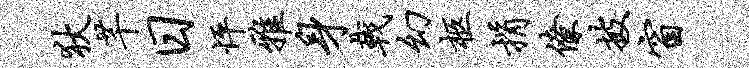
狄芊日怦雅身戟幻柩捐僚披窗